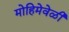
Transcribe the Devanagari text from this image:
मोहिमेवेळी